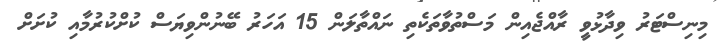
މިނިސްޓަރު ވިދާޅުވީ ރާއްޖެއިން މަސްތުވާތަކެތި ނައްތާލަން 15 އަހަރު ބޭނުންވިޔަސް ކުށްކުރުމާއި ކުށަށް